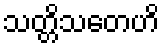
သတ္တိသတေဟိ